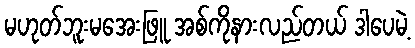
မဟုတ်ဘူးမအေးဖြူ အစ်ကိုနားလည်တယ် ဒါပေမဲ့